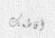
أقاطعك